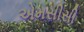
એમસીસી